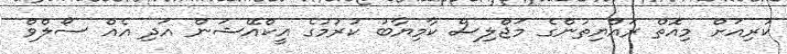
ކުރިއަށް މިއޮތް ރައްޔިތުންގެ މަޖްލިސް ކާމިޔާބު ކުރުމުގެ އީކްއޭޝަން އަދި އެއް ސޯލްވް